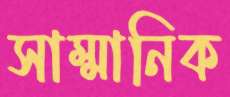
সাম্মানিক